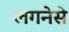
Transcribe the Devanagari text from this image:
लगनेसे